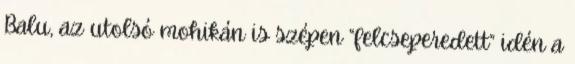
Balu, az utolsó mohikán is szépen “felcseperedett” idén a